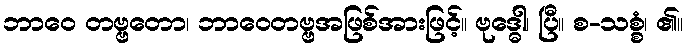
ဘာဝေ တဗ္ဗတော၊ ဘာဝေတဗ္ဗအဖြစ်အားဖြင့်။ ဗုဒ္ဓေါ၊ ပြီ။ စ-သစ္စံ၊ ၏။